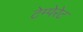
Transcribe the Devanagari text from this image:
टेम्पेरेट